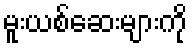
မူးယစ်ဆေးများကို